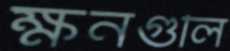
ক্ষনগুলি